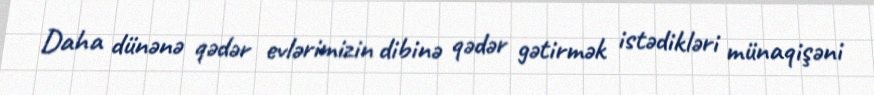
Daha dünənə qədər evlərimizin dibinə qədər gətirmək istədikləri münaqişəni